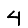
Digit: 4